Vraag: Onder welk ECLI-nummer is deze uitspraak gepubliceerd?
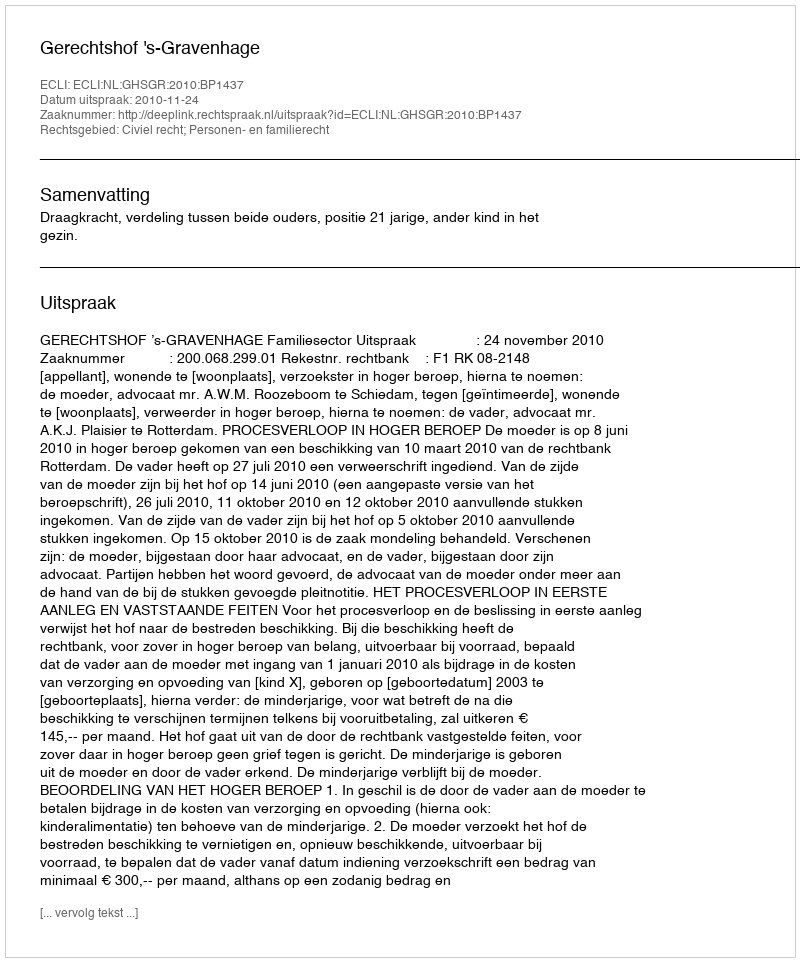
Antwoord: ECLI:NL:GHSGR:2010:BP1437